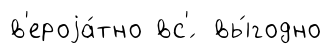
в'ероjа́тно вс'́ вы́годно